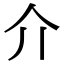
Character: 介